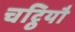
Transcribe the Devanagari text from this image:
चट्ठियौ